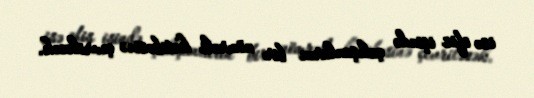
isə ofis işində çalışanların bir nömrəli katibəsinə çevriləcək.